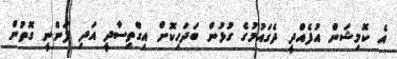
އެ ކޮމިޝަން އުފެއްދީ ދެގައުމުގެ ގުޅުން ބަދަހިކޮށް އިގްތިސާދީ އަދި ފަންނީ ގޮތުން